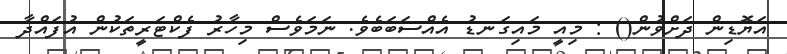
އަޔޮޑިން ދަށްވުން() : މިއީ މައިގަނޑު އެއްސަބަބެވެ. ނަމަވެސް މިހާރު ފެކްޓަރީތަކުން އުފައްދާ